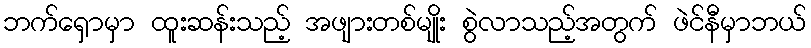
ဘက်ရှောမှာ ထူးဆန်းသည့် အဖျားတစ်မျိုး စွဲလာသည့်အတွက် ဖဲင်နီမှာဘယ်